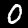
Digit: 0